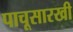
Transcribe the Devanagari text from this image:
पाचूसारखी